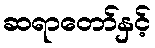
ဆရာတော်နှင့်